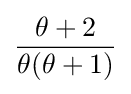
{\frac {\theta +2}{\theta (\theta +1)}}